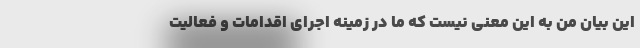
این بیان من به این معنی نیست که ما در زمینه اجرای اقدامات و فعالیت